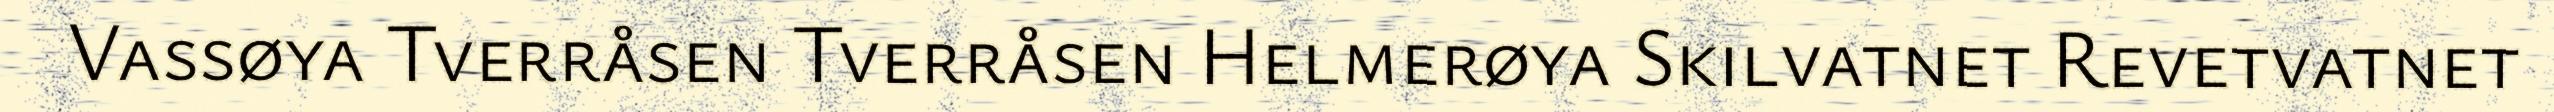
Vassøya Tverråsen Tverråsen Helmerøya Skilvatnet Revetvatnet